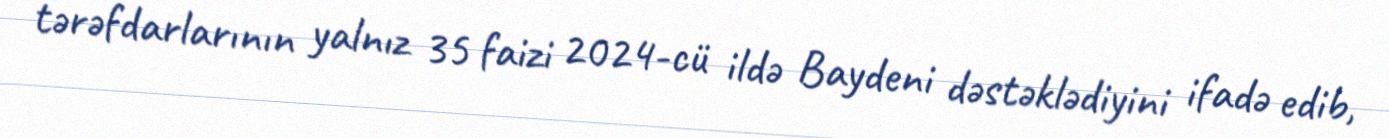
tərəfdarlarının yalnız 35 faizi 2024-cü ildə Baydeni dəstəklədiyini ifadə edib,